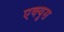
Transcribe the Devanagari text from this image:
एक्युस